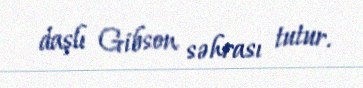
daşlı Gibson səhrası tutur.